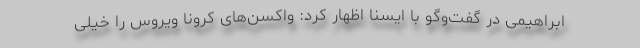
ابراهیمی در گفت‌وگو با ایسنا اظهار کرد: واکسن‌های کرونا ویروس را خیلی